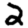
Digit: 2